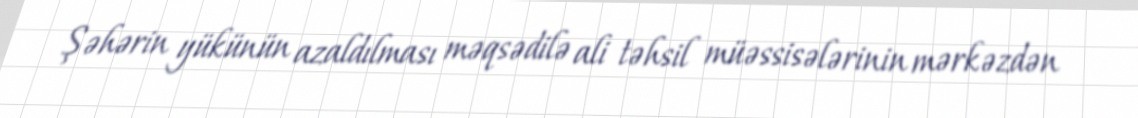
Şəhərin yükünün azaldılması məqsədilə ali təhsil müəssisələrinin mərkəzdən